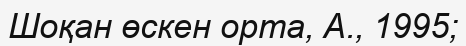
Шоқан өскен орта, А., 1995;